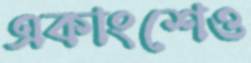
একাংশেও